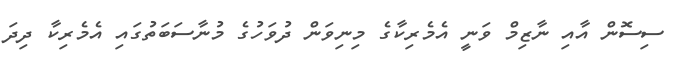
ސިސޮން އާއި ނާޒިމް ވަނީ އެމެރިކާގެ މިނިވަން ދުވަހުގެ މުނާސަބަތުގައި އެމެރިކާ ދިދަ